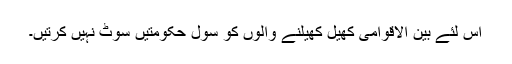
اس لئے بین الاقوامی کھیل کھیلنے والوں کو سول حکومتیں سوٹ نہیں کرتیں۔